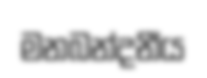
මනබන්දනීය